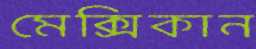
মেক্সিকান